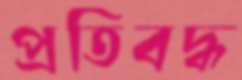
প্রতিবদ্ধ